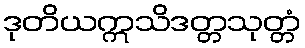
ဒုတိယဣသိဒတ္တသုတ္တံ